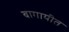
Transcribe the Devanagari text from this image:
बागायीत